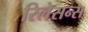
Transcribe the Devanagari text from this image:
रिलेसन्स